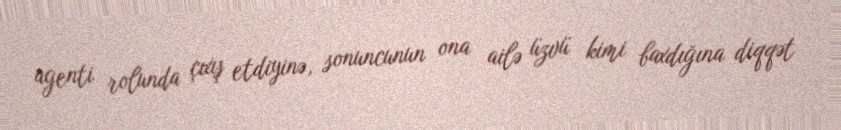
agenti rolunda çıxış etdiyinə, sonuncunun ona ailə üzvü kimi baxdığına diqqət